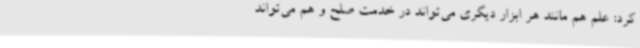
کرد: علم هم مانند هر ابزار دیگری می‌تواند در خدمت صلح و هم می‌تواند